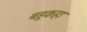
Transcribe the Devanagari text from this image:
बहुकहा